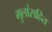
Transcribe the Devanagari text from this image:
मुलांसहित